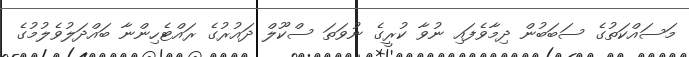
މަސައްކަތުގެ ސަބަބުން ދިމާވެފައި ނުވާ ކުރީގެ ނުވަތަ ސްކޫލް ދައުރުގެ ރައްޓެހިންނާ ބައްދަލުވެލުމުގެ